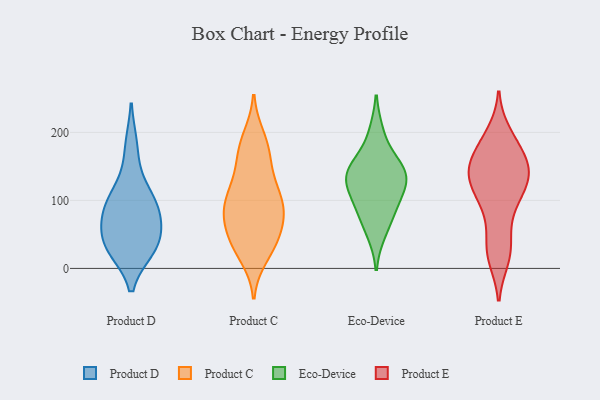
{"axis": {"x": "Headcount", "y": "Value"}, "legend": ["Eco-Device", "Product C", "Product D", "Product E"], "data": [{"x": "", "y": 83, "type": "Product D"}, {"x": "", "y": 32, "type": "Product D"}, {"x": "", "y": 86, "type": "Product D"}, {"x": "", "y": 98, "type": "Product D"}, {"x": "", "y": 179, "type": "Product D"}, {"x": "", "y": 30, "type": "Product D"}, {"x": "", "y": 34, "type": "Product D"}, {"x": "", "y": 71, "type": "Product D"}, {"x": "", "y": 39, "type": "Product D"}, {"x": "", "y": 119, "type": "Product D"}, {"x": "", "y": 41, "type": "Product C"}, {"x": "", "y": 124, "type": "Product C"}, {"x": "", "y": 90, "type": "Product C"}, {"x": "", "y": 145, "type": "Product C"}, {"x": "", "y": 98, "type": "Product C"}, {"x": "", "y": 101, "type": "Product C"}, {"x": "", "y": 193, "type": "Product C"}, {"x": "", "y": 186, "type": "Product C"}, {"x": "", "y": 81, "type": "Product C"}, {"x": "", "y": 37, "type": "Product C"}, {"x": "", "y": 57, "type": "Product C"}, {"x": "", "y": 166, "type": "Product C"}, {"x": "", "y": 46, "type": "Product C"}, {"x": "", "y": 170, "type": "Product C"}, {"x": "", "y": 69, "type": "Product C"}, {"x": "", "y": 93, "type": "Product C"}, {"x": "", "y": 120, "type": "Product C"}, {"x": "", "y": 18, "type": "Product C"}, {"x": "", "y": 84, "type": "Product C"}, {"x": "", "y": 26, "type": "Product C"}, {"x": "", "y": 140, "type": "Eco-Device"}, {"x": "", "y": 116, "type": "Eco-Device"}, {"x": "", "y": 151, "type": "Eco-Device"}, {"x": "", "y": 53, "type": "Eco-Device"}, {"x": "", "y": 86, "type": "Eco-Device"}, {"x": "", "y": 134, "type": "Eco-Device"}, {"x": "", "y": 199, "type": "Eco-Device"}, {"x": "", "y": 150, "type": "Eco-Device"}, {"x": "", "y": 123, "type": "Eco-Device"}, {"x": "", "y": 85, "type": "Eco-Device"}, {"x": "", "y": 197, "type": "Product E"}, {"x": "", "y": 136, "type": "Product E"}, {"x": "", "y": 16, "type": "Product E"}, {"x": "", "y": 36, "type": "Product E"}, {"x": "", "y": 80, "type": "Product E"}, {"x": "", "y": 147, "type": "Product E"}, {"x": "", "y": 173, "type": "Product E"}, {"x": "", "y": 183, "type": "Product E"}, {"x": "", "y": 144, "type": "Product E"}, {"x": "", "y": 125, "type": "Product E"}, {"x": "", "y": 156, "type": "Product E"}, {"x": "", "y": 136, "type": "Product E"}, {"x": "", "y": 99, "type": "Product E"}, {"x": "", "y": 112, "type": "Product E"}, {"x": "", "y": 23, "type": "Product E"}]}